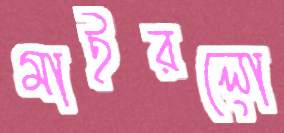
মাইরলো